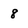
Character: 8